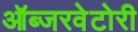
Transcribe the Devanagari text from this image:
ऑब्जरवेटोरी